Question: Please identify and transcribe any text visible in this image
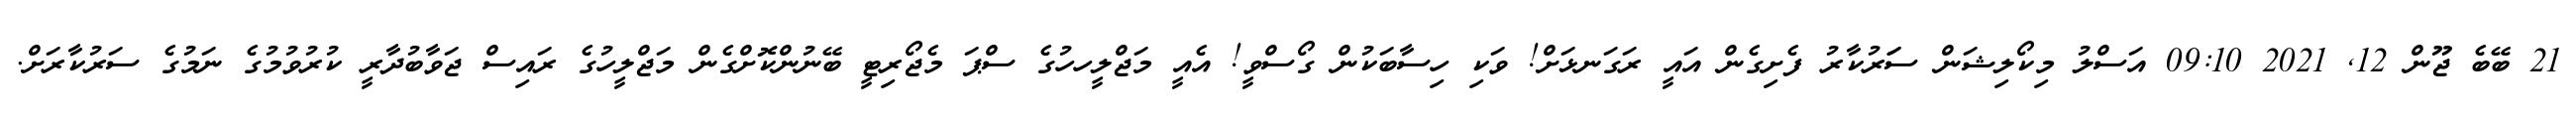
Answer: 21 ބޭބެ ޖޫން 12, 2021 09:10 އަސްލު މިކޯލިޝަން ސަަރުކާރު ފެށިގެން އައީ ރަގަނޅަށް! ވަކި ހިސާބަކުން ގޯސްވީ! އެއީ މަޖްލީހހުގެ ސްޕަ މެޖޯރިޓީ ބޭނުންކޮށްގެން މަޖްލީހުގެ ރައިސް ޖަވާބުދާރީ ކުރުވުމުގެ ނަމުގެ ސަރުކާރަށް.